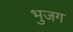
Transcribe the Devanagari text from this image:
भुजग